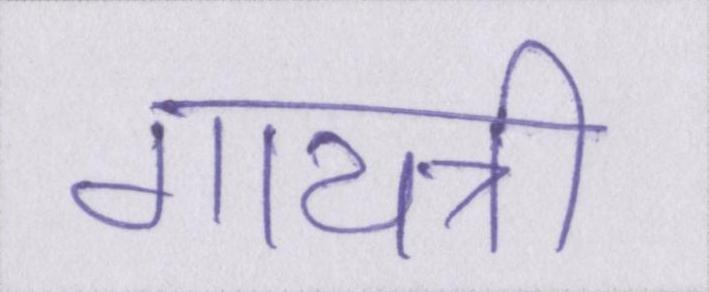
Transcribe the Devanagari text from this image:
गायत्री